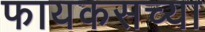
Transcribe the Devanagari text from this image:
फायकसच्या